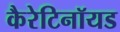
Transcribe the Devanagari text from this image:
कैरेटिनॉयड